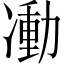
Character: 𠘃